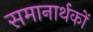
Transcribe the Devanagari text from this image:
समानार्थकों